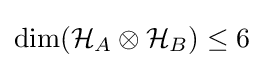
{\textrm {dim}}({\mathcal {H}}_{A}\otimes {\mathcal {H}}_{B})\leq 6